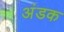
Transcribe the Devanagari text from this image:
अंडक